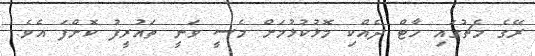
ރޭގެ މެޗުގައި ހާޓް ދެއްކި މޮޅުކުޅުމަށް މެސީ ވަނީ ތައުރީފު ކޮށްފަ އެވެ.